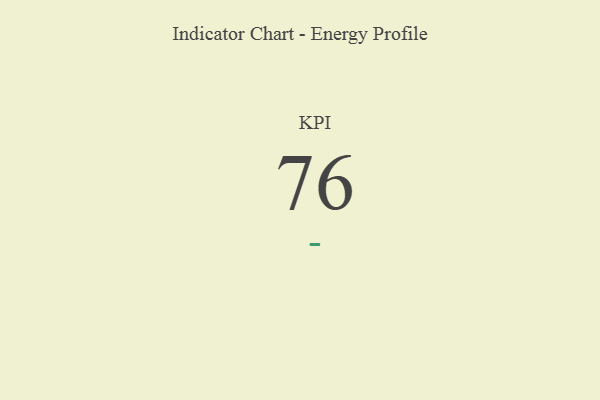
{"axis": {"x": "KPI", "y": "Value"}, "legend": [""], "data": [{"x": "KPI", "y": 76, "type": ""}]}